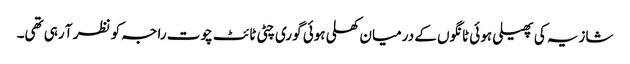
شازیہ کی پھیلی ہوئی ٹانگوں کے درمیان کھلی ہوئی گوری چٹی ٹائٹ چوت راجہ کو نظر آ رہی تھی۔